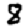
Digit: 8